Report of the Imperial Institute of Veterinary Research, Muktesar
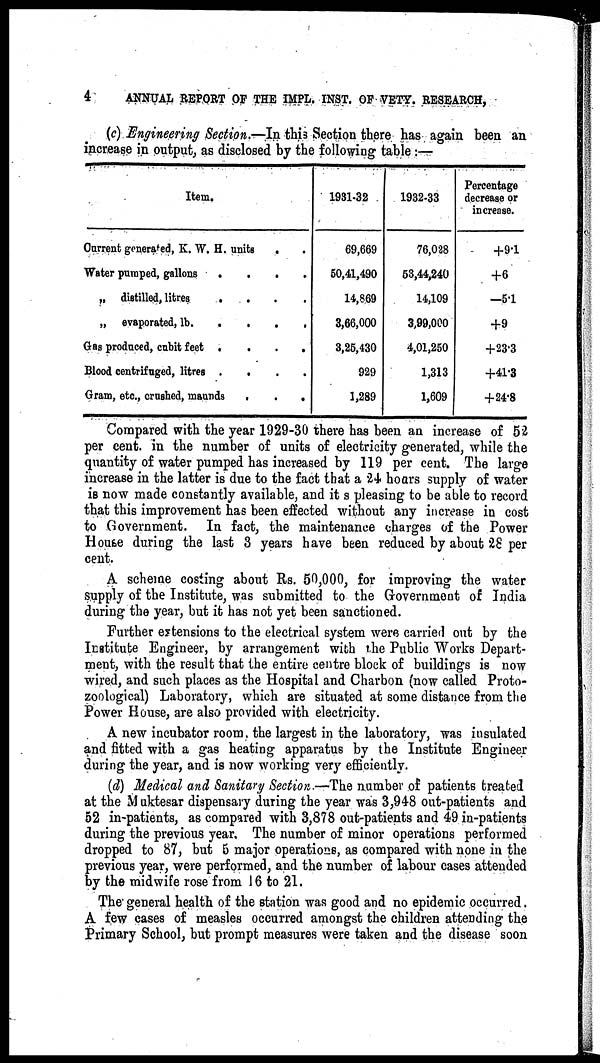
4
ANNUAL REPORT OF THE IMPL. INST. OF VETY. RESEARCH,
(c) Engineering Section.—In this Section there has again been an
increase in output, as disclosed by the following table :—
Item.
Current generated, K. W. H. units
.
Water pumped, gallons
....
„ distilled, litres
....
„ evaporated, lb.
...
.
Gas produced, cubit feet
....
Blood centrifuged, litres
....
Gram, etc., crushed, maunds
.
.
.
1931-32
69,669
50,41,490
14,869
3,66,000
3,25,430
929
1,289
1932-33
76,028
53,44,240
14,109
3,99,000
4,01,250
1,313
1,609
Percentage
decrease or
increase.
+9.1
+6
-5.1
+9
+23.3
+41.3
+24.8
Compared with the year 1929-30 there has been an increase of 52
per cent. in the number of units of electricity generated, while the
quantity of water pumped has increased by 119 per cent. The large
increase in the latter is due to the fact that a 24 hours supply of water
is now made constantly available, and it s pleasing to be able to record
that this improvement has been effected without any increase in cost
to Government. In fact, the maintenance charges of the Power
House during the last 3 years have been reduced by about 28 per
cent.
A scheme costing about Rs. 50,000, for improving the water
supply of the Institute, was submitted to the Government of India
during the year, but it has not yet been sanctioned.
Further extensions to the electrical system were carried out by the
Institute Engineer, by arrangement with the Public Works Depart-
ment, with the result that the entire centre block of buildings is now
wired, and such places as the Hospital and Charbon (now called Proto¬
zoological) Laboratory, which are situated at some distance from the
Power House, are also provided with electricity.
A new incubator room, the largest in the laboratory, was insulated
and fitted with a gas heating apparatus by the Institute Engineer
during the year, and is now working very efficiently.
(d) Medical and Sanitary Section.—The number of patients treated
at the Muktesar dispensary during the year was 3,948 out-patients and
52 in-patients, as compared with 3,878 out-patients and 49 in-patients
during the previous year. The number of minor operations performed
dropped to 87, but 5 major operations, as compared with none in the
previous year, were performed, and the number of labour cases attended
by the midwife rose from 16 to 21.
The general health of the station was good and no epidemic occurred.
A few cases of measles occurred amongst the children attending the
Primary School, but prompt measures were taken and the disease soon